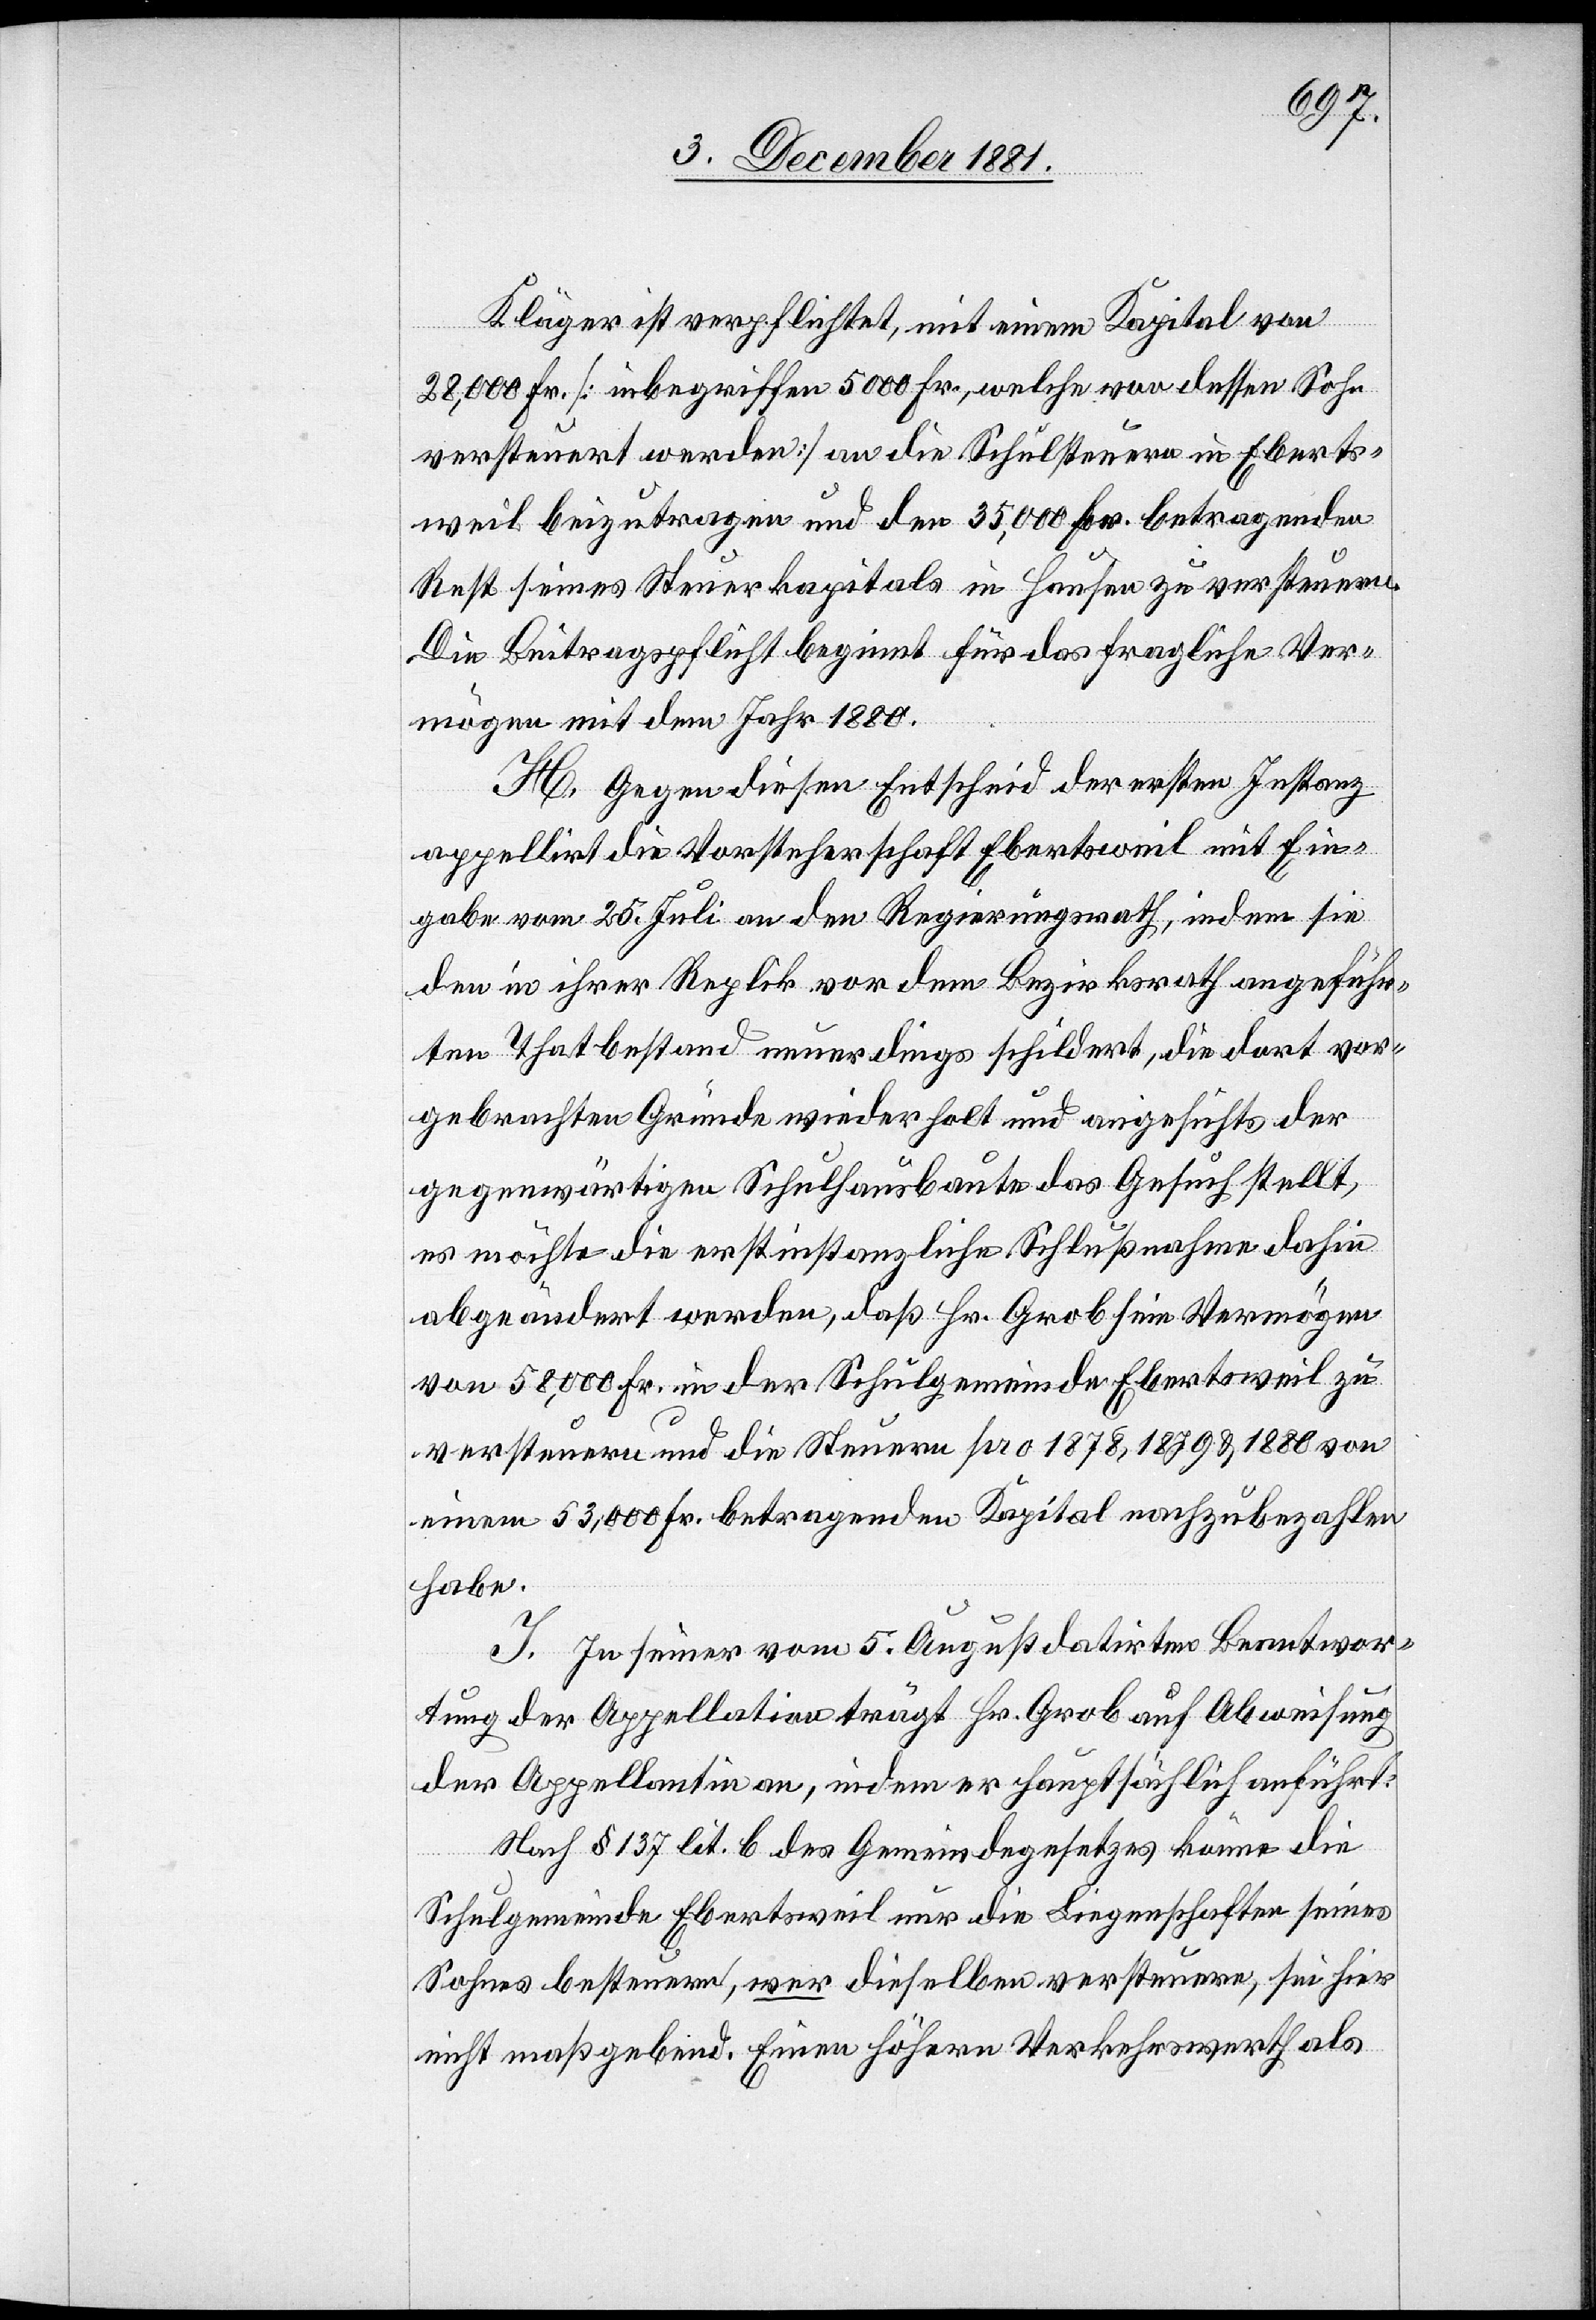
Kläger ist verpflichtet, mit einem Kapital von
28,000 Fr. [inbegriffen 5000 Fr., welche von dessen Sohn
versteuert werden] an die Schulsteuern in Eberts¬
weil beizutragen und den 35,000 Fr. betragenden
Rest seines Steuerkapitals in Hausen zu versteuern.
Die Beitragspflicht beginnt für das fragliche Ver¬
mögen mit dem Jahr 1880.
H. Gegen diesen Entscheid der ersten Instanz
appellirt die Vorsteherschaft Ebertsweil mit Ein¬
gabe vom 25. Juli an den Regierungsrath, indem sie
den in ihrer Replik vor dem Bezirksrath angeführ¬
ten Thatbestand neuerdings schildert, die dort vor¬
gebrachten Gründe wiederholt und angesichts der
gegenwärtigen Schulhausbaute das Gesuch stellt,
es möchte die erstinstanzliche Schlußnahme dahin
abgeändert werden, daß Hr. Grob sein Vermögen
von 58,000 Fr. in der Schulgemeinde Ebertsweil zu
versteuern und die Steuern pro 1878, 1879 & 1880 von
einem 53,000 Fr. betragenden Kapital nachzubezahlen
habe.
I. In seiner vom 5. August datirten Beantwor¬
tung der Appellation trägt Hr. Grob auf Abweisung
der Appellation an, indem er hauptsächlich anführt:
Nach § 137 lit. b des Gemeindegesetzes könne die
Schulgemeinde Ebertsweil nur die Liegenschaften seines
Sohnes besteuern, wer dieselben versteuere, sei hier
nicht maßgebend. Einen höhern Verkehrswerth als